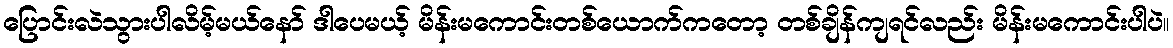
ပြောင်းလဲသွားပါလိမ့်မယ်နော် ဒါပေမယ့် မိန်းမကောင်းတစ်ယောက်ကတော့ တစ်ချိန်ကျရင်လည်း မိန်းမကောင်းပါပဲ။